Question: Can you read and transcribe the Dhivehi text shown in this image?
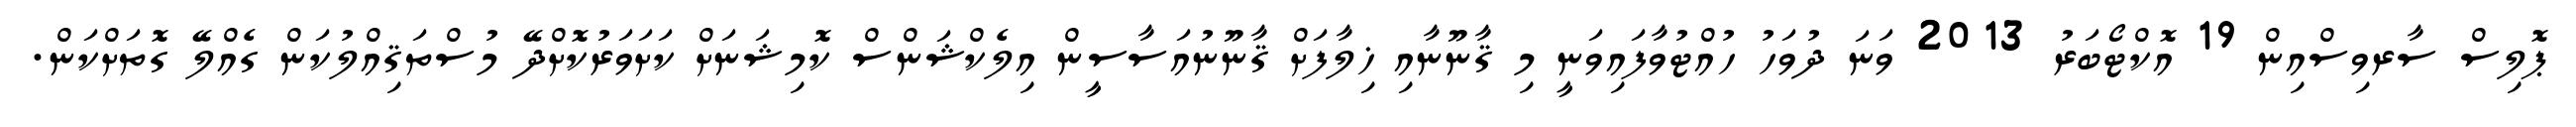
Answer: ޕޮލިސް ސާރވިސްއިން 19 އޮކްޓޯބަރު 2013 ވަނަ ދުވަހު ހުއްޓުވާފައިވަނީ މި ޤާނޫނާއި ޚިލާފަށް ޤާނޫނުއަސާސީން އިލެކްޝަންސް ކޮމިޝަނަށް ކަށަވަރުކޮށްދޭ މުސްތަޤިއްލުކަން ގެއްލޭ ގޮތަށްކަން.